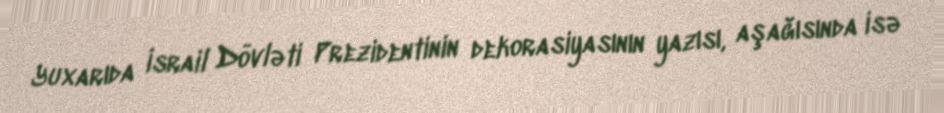
Yuxarıda İsrail Dövləti Prezidentinin dekorasiyasının yazısı, aşağısında isə